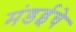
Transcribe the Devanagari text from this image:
मंडईचे